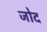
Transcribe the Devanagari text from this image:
जोद